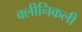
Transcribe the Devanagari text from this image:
क्लीनिकली